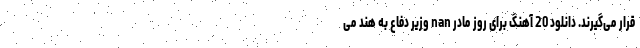
قرار می‌گیرند. دانلود 20 آهنگ برای روز مادر nan وزیر دفاع به هند می